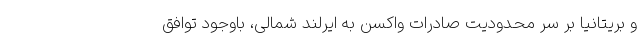
و بریتانیا بر سر محدودیت صادرات واکسن به ایرلند شمالی، باوجود توافق